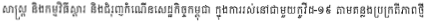
សាស្ត្រ និងកម្មវិធីស្តារ និងជំរុញកំណើនសេដ្ឋកិច្ចកម្ពុជា ក្នុងការរស់នៅជាមួយកូវីដ-១៩ តាមគន្លងប្រក្រតីភាពថ្មី